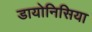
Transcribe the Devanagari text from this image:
डायोनिसिया